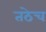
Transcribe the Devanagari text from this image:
तठेच